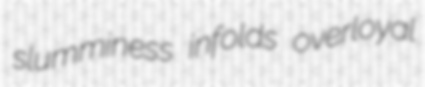
slumminess infolds overloyal